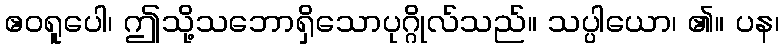
ဧဝရူပေါ၊ ဤသို့သဘောရှိသောပုဂ္ဂိုလ်သည်။ သပ္ပါယော၊ ၏။ ပန၊